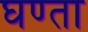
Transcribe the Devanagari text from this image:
घण्ता